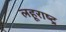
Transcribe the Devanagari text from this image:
लहूराष्ट्र